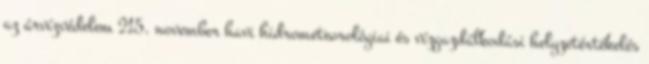
az árvízvédelem 215. november havi hidrometeorológiai és vízgazdálkodási helyzetértékelés